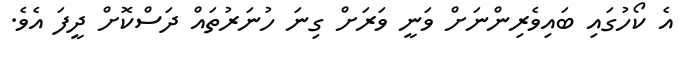
އެ ކޯހުގައި ބައިވެރިންނަށް ވަނީ ވަރަށް ގިނަ ހުނަރުތައް ދަސްކޮށް ދީފަ އެވެ.